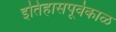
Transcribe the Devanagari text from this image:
इतिहासपूर्वकाळ